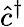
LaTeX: \hat{c}^{\dagger}